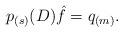
LaTeX: \begin{align*}p_{(s)}(D)\hat f = q_{(m)}.\end{align*}